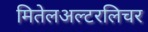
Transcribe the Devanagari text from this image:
मितेलअल्टरलिचर